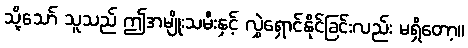
သို့သော် သူသည် ဤအမျိုးသမီးနှင့် လွှဲရှောင်နိုင်ခြင်းလည်း မရှိတော့။